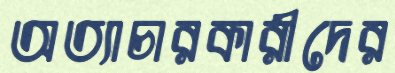
অত্যাচারকারীদের